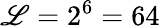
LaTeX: \mathscr{L}=2^{6}=64